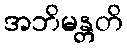
အဘိမန္တတိ